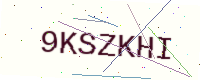
Text: 9KSZKHI